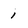
Character: i